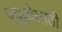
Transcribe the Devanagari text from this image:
ज्यूडोसाठी